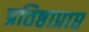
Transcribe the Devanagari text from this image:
प्रतिष्ठाप्राप्त